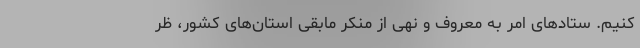
کنیم. ستادهای امر به معروف و نهی از منکر مابقی استان‌های کشور، ظر